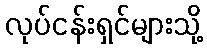
လုပ်ငန်းရှင်များသို့